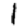
Digit: 1